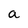
Character: a